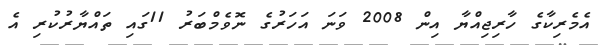
އެމެރިކާގެ ހާރިޖިއްޔާ އިން 2008 ވަނަ އަހަރުގެ ނޮވެމްބަރު 11ގައި ތައްޔާރުކުރި އެ